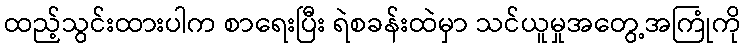
ထည့်သွင်းထားပါက စာရေးပြီး ရဲစခန်းထဲမှာ သင်ယူမှုအတွေ့အကြုံကို